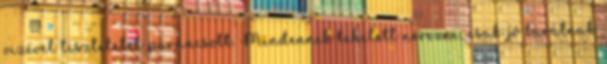
vizével tiszteletet parancsolt. Mindennek lehetett nevezni, csak jó barátnak